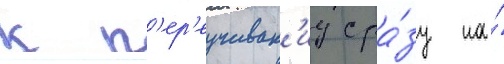
к п'ер'еучиван'иу сра́зу на́